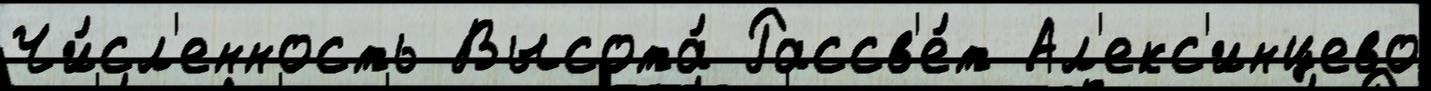
Чи́сл'енность Высота́ Рассв'е́т Ал'екс'инцево